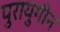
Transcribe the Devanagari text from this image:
पुरायुगीन